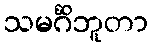
သမင်္ဂိဘူတာ